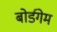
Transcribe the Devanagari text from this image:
बोर्डगेम